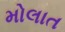
મોલાત